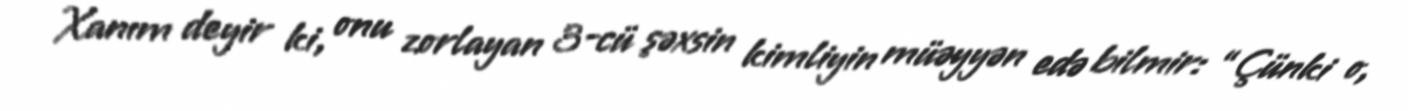
Xanım deyir ki, onu zorlayan 3-cü şəxsin kimliyin müəyyən edə bilmir: “Çünki o,